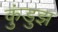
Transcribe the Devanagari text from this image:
कुंडुझ